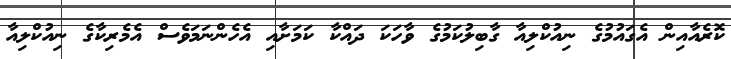
ކޮރެއާއިން އެގައުމުގެ ނިއުކްލިއާ ގާބިލުކަމުގެ ވާހަކަ ދައްކާ ކަމަށާއި އެހެންނަމަވެސް އެމެެރިކާގެ ނިއުކްލިއާ